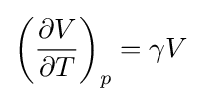
\left({\frac {\partial V}{\partial T}}\right)_{p}=\gamma V